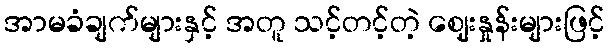
အာမခံချက်များနှင့် အတူ သင့်တင့်တဲ့ ဈေးနှုန်းများဖြင့်